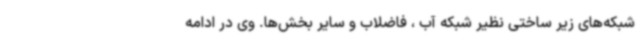
شبکه‌های زیر ساختی نظیر شبکه آب ، فاضلاب و سایر بخش‌ها. وی در ادامه